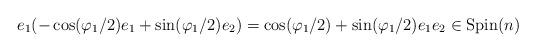
LaTeX: \begin{gather*}e_1(-\cos(\varphi_1/2)e_1 + \sin(\varphi_1/2)e_2)=\cos(\varphi_1/2) + \sin(\varphi_1/2)e_1e_2 \in {\rm Spin}(n)\end{gather*}